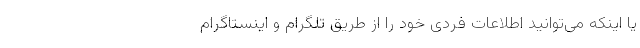
یا اینکه می‌توانید اطلاعات فردی خود را از طریق تلگرام و اینستاگرام